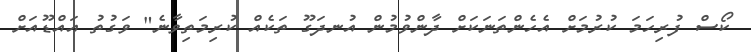
ކޯސް ފުރިހަމަ ކުރުމަށް އެހެންތަނަކަށް ދާންވުމުން އުނދަގޫ ތަކެއް ކުރިމަތިވާނެ" ވަގުތު އައްޑޫއަށް